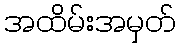
အထိမ်းအမှတ်